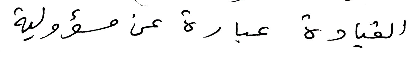
القيادة عبارة عن مسؤولية